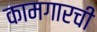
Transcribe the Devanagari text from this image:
कामगारची